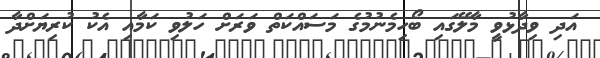
އަދި ވިދާޅުވީ މާލޭގައި ބޯހިމެނުމުގެ މަސައްކަތް ވަރަށް ހަލުވި ކަމާއި އެކު ކުރިޔަށްދާ